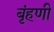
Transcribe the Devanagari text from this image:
बृंहणी